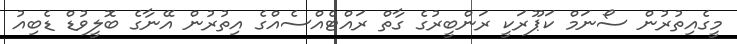
މީގެއިތުރުން ސޯނަމް ކަޕޫރަކީ ރަންބީރުގެ ގާތް ރައްޓެއްސެއްގެ އިތުރުން އޭނާގެ ބޮލީވުޑް ޑެބިއު